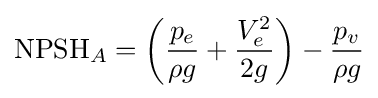
{\text{NPSH}}_{A}=\left({\frac {p_{e}}{\rho g}}+{\frac {V_{e}^{2}}{2g}}\right)-{\frac {p_{v}}{\rho g}}